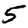
Digit: 5